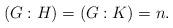
LaTeX: \begin{align*}(G:H) = (G:K) = n.\end{align*}